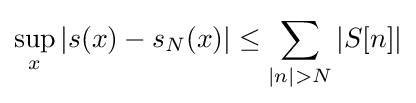
\sup _{x}|s(x)-s_{N}(x)|\leq \sum _{|n|>N}|S[n]|